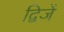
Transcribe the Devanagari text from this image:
द्विजें